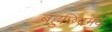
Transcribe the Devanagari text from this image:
बहुछिद्रमय